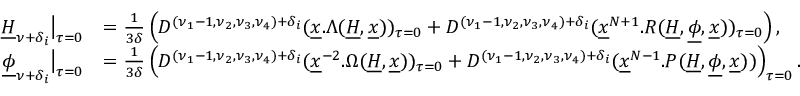
\begin{array} { r l } { \underline { H } _ { \mathbb \nu + \mathbb \delta _ { i } } \big \vert _ { \tau = 0 } } & { = \frac { 1 } { 3 \delta } \left( D ^ { ( \nu _ { 1 } - 1 , \nu _ { 2 } , \nu _ { 3 } , \nu _ { 4 } ) + \mathbb \delta _ { i } } ( \underline { x } . \Lambda ( \underline { H } , \underline { x } ) ) _ { \tau = 0 } + D ^ { ( \nu _ { 1 } - 1 , \nu _ { 2 } , \nu _ { 3 } , \nu _ { 4 } ) + \mathbb \delta _ { i } } ( \underline { x } ^ { N + 1 } . R ( \underline { H } , \underline { \phi } , \underline { x } ) ) _ { \tau = 0 } \right) , } \\ { \underline { \phi } _ { \nu + \mathbb \delta _ { i } } \big \vert _ { \tau = 0 } } & { = \frac { 1 } { 3 \delta } \left( D ^ { ( \nu _ { 1 } - 1 , \nu _ { 2 } , \nu _ { 3 } , \nu _ { 4 } ) + \mathbb \delta _ { i } } ( \underline { x } ^ { - 2 } . \Omega ( \underline { H } , \underline { x } ) ) _ { \tau = 0 } + D ^ { ( \nu _ { 1 } - 1 , \nu _ { 2 } , \nu _ { 3 } , \nu _ { 4 } ) + \mathbb \delta _ { i } } ( \underline { x } ^ { N - 1 } . P ( \underline { H } , \underline { \phi } , \underline { x } ) ) \right) _ { \tau = 0 } . } \end{array}